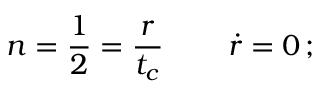
n = \frac { 1 } { 2 } = \frac { r } { t _ { c } } \, \qquad { \dot { r } } = 0 \, ;